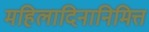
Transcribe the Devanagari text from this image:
महिलादिनानिमित्त